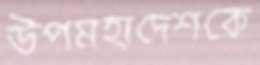
উপমহাদেশকে